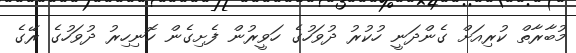
މުބާރާތް ކުރިއަށް ގެންދަނީ ހުކުރު ދުވަހުގެ ހަވީރުން ފެށިގެން ހޮނިހިރު ދުވަހުގެ ރޭގެ